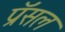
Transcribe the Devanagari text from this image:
प्रॅसल